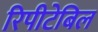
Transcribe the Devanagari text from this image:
रिपीटेबिल